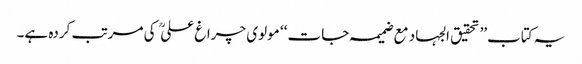
یہ کتاب’’ تحقیق الجہاد مع ضمیمہ جات ‘‘ مولوی چراغ علی  کی مرتب کردہ ہے۔